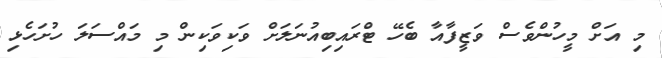
މި އަށް މީހުންވެސް ވަޒީފާއާ ބެހޭ ޓްރައިބިއުނަލަށް ވަކިވަކިން މި މައްސަލަ ހުށަހެޅި